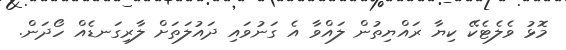
މޮޅު ވެލެޓެކޭ ކިޔާ ރައްޔިތުން ލައްވާ އެ ގަނުވައި ދައުލަތަށް ލާރިގަނޑެއް ހޯދަން.